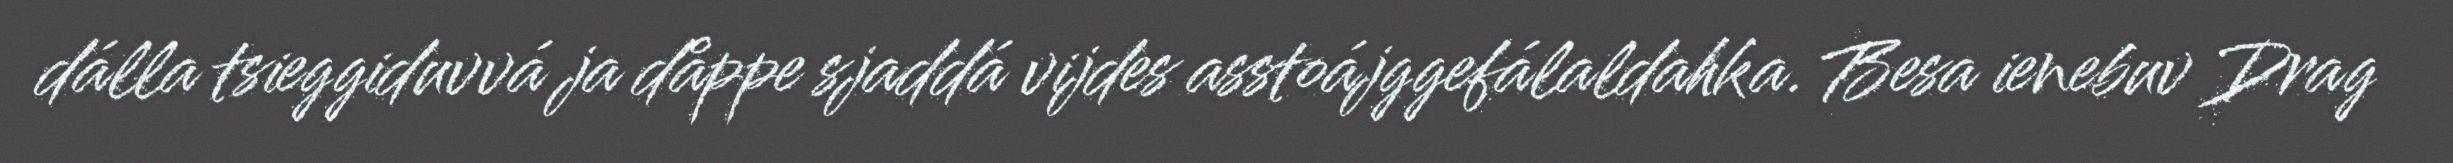
dálla tsieggiduvvá ja dåppe sjaddá vijdes asstoájggefálaldahka. Besa ienebuv Drag